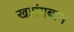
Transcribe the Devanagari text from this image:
खडांगबाम